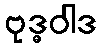
ဗုဒ္ဓဝါဒ